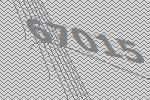
67015